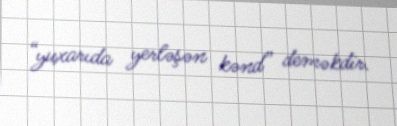
“yuxarıda yerləşən kənd” deməkdir.